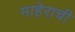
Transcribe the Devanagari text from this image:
माहेराची